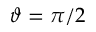
\vartheta = \pi / 2